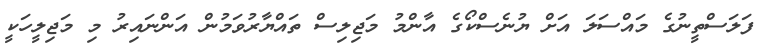
ފަލަސްތީނުގެ މައްސަލަ އަށް ޔުނެސްކޯގެ އާންމު މަޖިލިސް ތައްޔާރުވަމުން އަންނައިރު މި މަޖިލީހަކީ